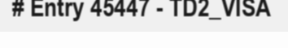
# Entry 45447 - TD2_VISA